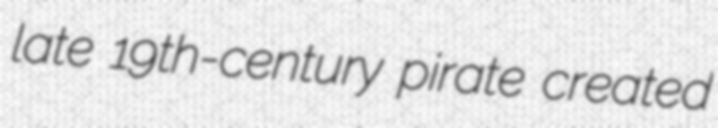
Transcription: late 19th-century pirate created